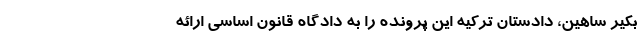
بکیر ساهین، دادستان ترکیه این پرونده را به دادگاه قانون اساسی ارائه